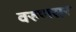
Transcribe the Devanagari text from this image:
वरुणसर